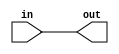
`define default_netname none

module buffer_cell (
    input wire in,
    output wire out
    );
    assign out = in;
endmodule

module and_cell (
    input wire a,
    input wire b,
    output wire out
    );

    assign out = a & b;
endmodule

module or_cell (
    input wire a,
    input wire b,
    output wire out
    );

    assign out = a | b;
endmodule

module xor_cell (
    input wire a,
    input wire b,
    output wire out
    );

    assign out = a ^ b;
endmodule

module nand_cell (
    input wire a,
    input wire b,
    output wire out
    );

    assign out = !(a&b);
endmodule

module not_cell (
    input wire in,
    output wire out
    );

    assign out = !in;
endmodule

module mux_cell (
    input wire a,
    input wire b,
    input wire sel,
    output wire out
    );

    assign out = sel ? a : b;
endmodule

module dff_cell (
    input wire clk,
    input wire d,
    output reg q,
    output wire notq
    );

    assign notq = !q;
    always @(posedge clk)
        q <= d;
     
endmodule